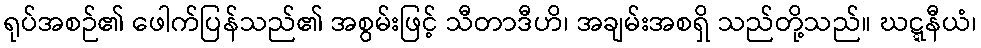
ရုပ်အစဉ်၏ ဖေါက်ပြန်သည်၏ အစွမ်းဖြင့် သီတာဒီဟိ၊ အချမ်းအစရှိ သည်တို့သည်။ ဃဋ္ဋနီယံ၊